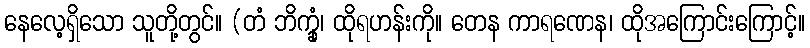
နေလေ့ရှိသော သူတို့တွင်။ (တံ ဘိက္ခုံ၊ ထိုရဟန်းကို။ တေန ကာရဏေန၊ ထိုအကြောင်းကြောင့်။